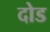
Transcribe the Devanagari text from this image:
दोड